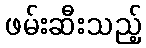
ဖမ်းဆီးသည့်